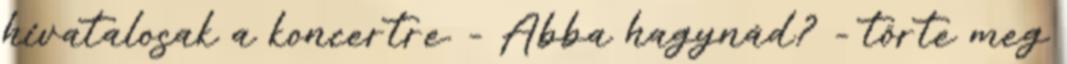
hivatalosak a koncertre. - Abba hagynád? - törte meg